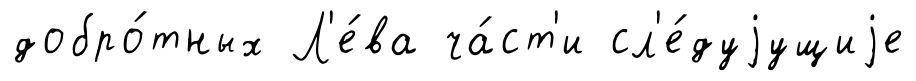
добро́тных Л'е́ва ча́ст'и сл'е́дуjущиjе